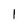
Character: 1